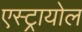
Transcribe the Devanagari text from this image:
एस्ट्रायोल